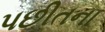
પછીતના